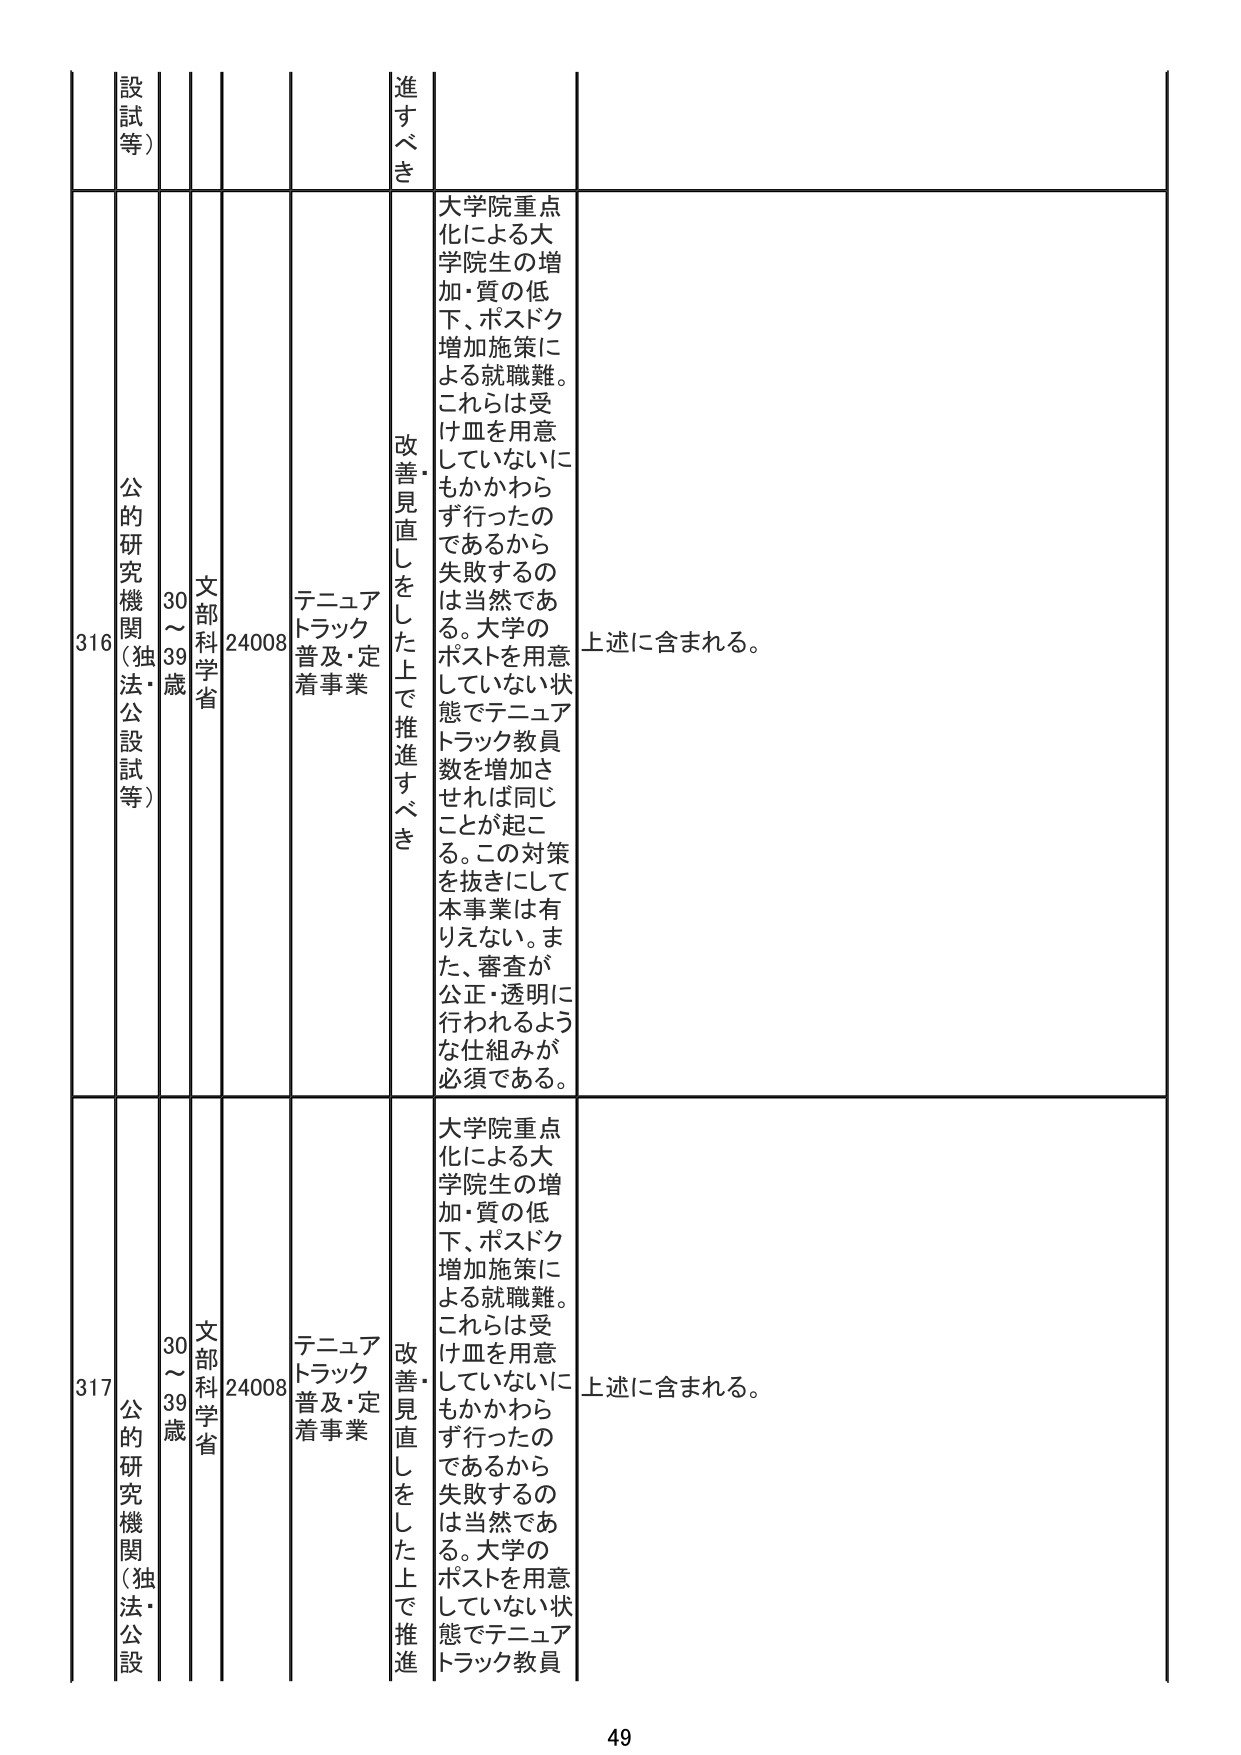
316 公的研究機関（独法・公設試等） 30～39歳 文部科学省 24008 テニュアトラック普及・定着事業 改善見直しをした上で推進すべき 大学院重点化による大学院生の増加・質の低下、ポスドク増加施策による就職難。これらは受け皿を用意していないにもかかわらず行ったのであるから失敗するのは当然である。大学のポストを用意していない状態でテニュアトラック教員数を増加させれば同じことが起こる。この対策を抜きにして本事業は有りえない。また、審査が公正・透明に行われるような仕組みが必須である。 上述に含まれる。

317 公的研究機関（独法・公設試等） 30～39歳 文部科学省 24008 テニュアトラック普及・定着事業 改善見直しをした上で推進すべき 大学院重点化による大学院生の増加・質の低下、ポスドク増加施策による就職難。これらは受け皿を用意していないにもかかわらず行ったのであるから失敗するのは当然である。大学のポストを用意していない状態でテニュアトラック教員 上述に含まれる。

49